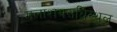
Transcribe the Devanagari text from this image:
मलाशयसधिस्थल